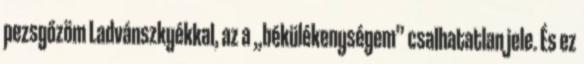
pezsgőzöm Ladvánszkyékkal, az a „békülé­keny­ségem” csalhatatlan jele. És ez